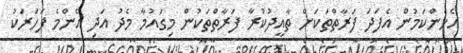
އެހެންކަމުން އެފަދަ ފަރާތްތަކަށް ތާއީދުކުރާ ފަރާތްތަކުން މިގައުމާ މެދު އަދި އެންމެ ފަހަރަކު